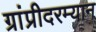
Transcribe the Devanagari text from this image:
ग्रांप्रीदरम्यान